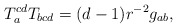
\begin{align*}T_a^{cd}T_{bcd}=(d-1)r^{-2}g_{ab}, \end{align*}